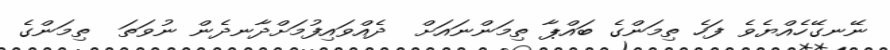
ނޭނގޭހެއްޔެވެ ފަހެ ތިމަންގެ ބައްޕާ ތިމަންނައަށް  ދެއްވައިފުމަށްދާނދެން ނުވަތަ  ތިމަންގެ